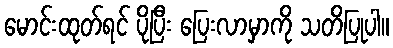
မောင်းထုတ်ရင် ပိုပြီး ပြေးလာမှာကို သတိပြုပါ။